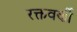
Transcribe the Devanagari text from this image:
रक्तवर्णी